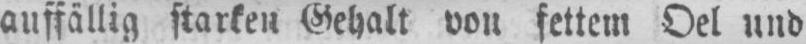
auffällig starken Gehalt von fettem Oel und